Lunatic asylums Central Provinces reports 1874-1885 - 1874-1885
Year: 1874
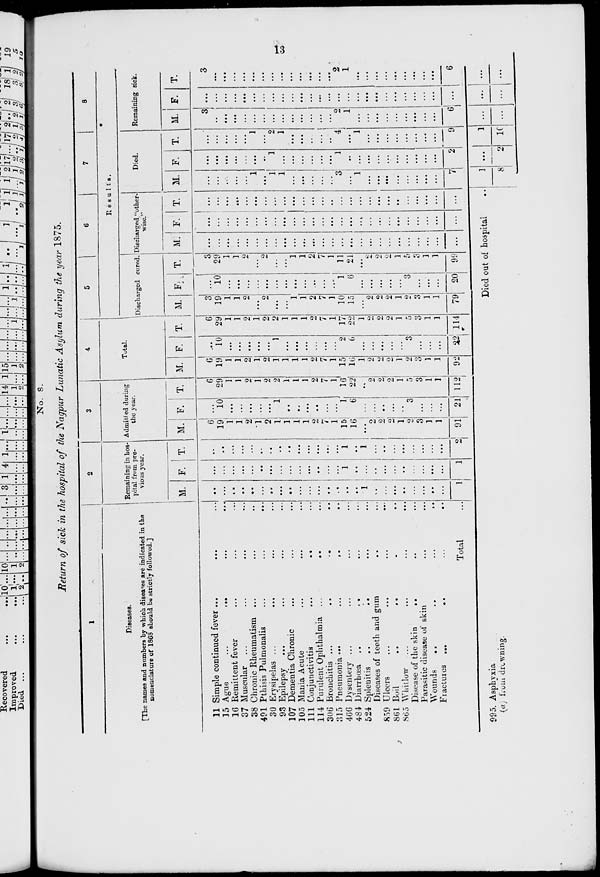
13
No. 8.
Return of sick in the hospital of the Nagpur Lunatic Asylum during the year 1875.
1
Diseases.
[The names and numbers by which diseases are indicated in the
nomenclature of 1868 should be strictly followed.]
11
15
16
37
38
491
30
93
107
105
111
114
306
315
466
484
524
859
861
865
995.
(a)
Simple continued fever ...
Ague
...
...
...
...
Remittent fever ... ... ...
Muscular ... ... ... ...
Chronic Rheumatism ... ... ...
Pthisis Pulmonalis ... ... ...
Erysipelas ... ... ...
Epilepsy ... ... ... ...
Dementia Chronic ... ... ...
Mania Acute ... ... ...
Conjunctivitis
...
...
...
Purulent Ophthalmia ...
.. ...
Bronchitis ...
...
...
...
Pneumonia
...
...
...
...
Dysentery ... ... ... ...
Diarrhœa ... ... ...
Splenitis ... ... ... ...
Diseases of teeth and gum ... ...
Ulcers ... ... ... ...
Boil
...
...
...
...
Whitlow ... ... ... ...
Disease of the skin ... ... ...
Parasitic disease of skin ... ...
Wounds ... ... ...
Fractures ...
...
...
...
Total
Asphyxia
from drowning.
2
Remaining in hos-
pital from pre-
vious year.
M.
...
....
...
...
...
...
...
...
...
...
...
...
...
...
...
...
1
...
....
...
...
...
...
...
...
1
F.
...
...
...
...
...
...
...
....
...
...
...
...
...
...
1
...
...
...
...
...
...
...
...
...
...
1
T.
...
...
...
...
...
...
...
...
...
...
...
...
...
...
1
...
1
...
...
...
...
...
...
...
...
2
3
Admitted during
the year.
M.
6
19
1
1
2
1
2
1
1
1
1
2
7
1
15
16
...
2
2
2
1
2
3
1
1
91
F.
...
10
...
...
...
...
...
1
...
...
...
...
...
...
1
6
...
...
...
...
...
3
...
...
...
21
T.
6
29
1
1
2
1
2
2
1
1
1
2
7
1
16
22
...
2
2
2
1
5
3
1
1
112
4
Total.
M.
6
19
1
1
2
1
2
1
1
1
1
2
7
1
15
16
1
2
2
2
1
2
3
1
1
92
F.
...
10
...
...
...
...
...
1
...
...
...
...
...
...
2
6
...
...
...
...
...
3
...
...
...
22
T.
6
29
1
1
2
1
2
2
1
1
1
2
7
1
17
22
1
2
2
2
1
5
3
1
1
114
5
6
7
8
Results.
Discharged cured.
M.
3
19
1
1
2
...
2
...
...
1
1
2
7
1
10
15
...
2
2
2
1
2
3
1
1
79
F.
...
10
...
...
...
...
...
...
...
...
...
...
...
...
1
6
...
...
...
...
...
3
...
...
...
20
T.
3
29
1
1
2
...
2
...
...
1
1
2
7
1
11
21
...
2
2
2
1
5
3
1
1
99
Discharged "other-
wise."
M.
...
...
...
...
...
...
...
...
...
...
...
...
...
...
...
...
...
...
...
...
...
...
...
...
...
...
F.
...
...
...
...
...
...
...
...
...
...
...
...
...
...
...
...
...
...
...
...
...
...
...
...
...
...
T.
...
...
...
...
...
...
...
...
...
...
...
...
...
...
...
...
...
...
...
...
...
...
...
...
...
...
Died out of hospital ...
Died.
M.
...
...
...
...
...
1
...
1
1
...
...
...
...
...
3
...
1
...
...
...
...
...
...
...
...
7
1
8
F.
...
...
...
...
...
...
...
1
...
...
...
...
...
...
1
...
...
...
...
...
...
...
...
...
...
2
...
2
T.
...
...
...
...
...
1
...
2
1
...
...
...
...
...
4
...
1
...
...
...
...
...
...
...
...
9
1
10
Remaining sick.
M.
3
...
...
...
...
...
...
...
...
...
...
...
...
...
2
1
...
...
...
...
...
...
...
...
...
6
...
...
F.
...
...
...
...
...
...
...
...
...
...
...
...
...
...
...
...
...
...
...
...
...
...
...
...
...
...
...
...
T.
3
...
...
...
...
...
...
...
...
...
...
...
...
...
2
1
...
...
...
...
...
...
...
...
...
6
...
...